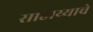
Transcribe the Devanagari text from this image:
साहाय्याचे